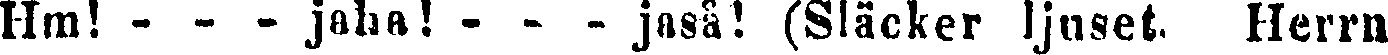
Hm! - - - jaha! - - - jaså! (Släcker ljuset. Herrn